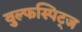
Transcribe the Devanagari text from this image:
वुल्फस्पिट्ज